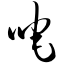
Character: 咤